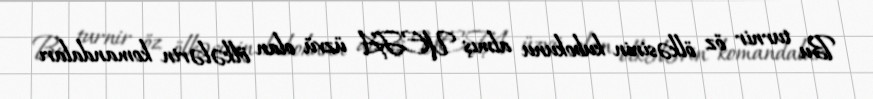
Bu turnir öz ölkəsinin kubokunu almış UEFA üzvü olan ölkələrin komandaları